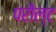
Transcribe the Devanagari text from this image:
परौल्ट